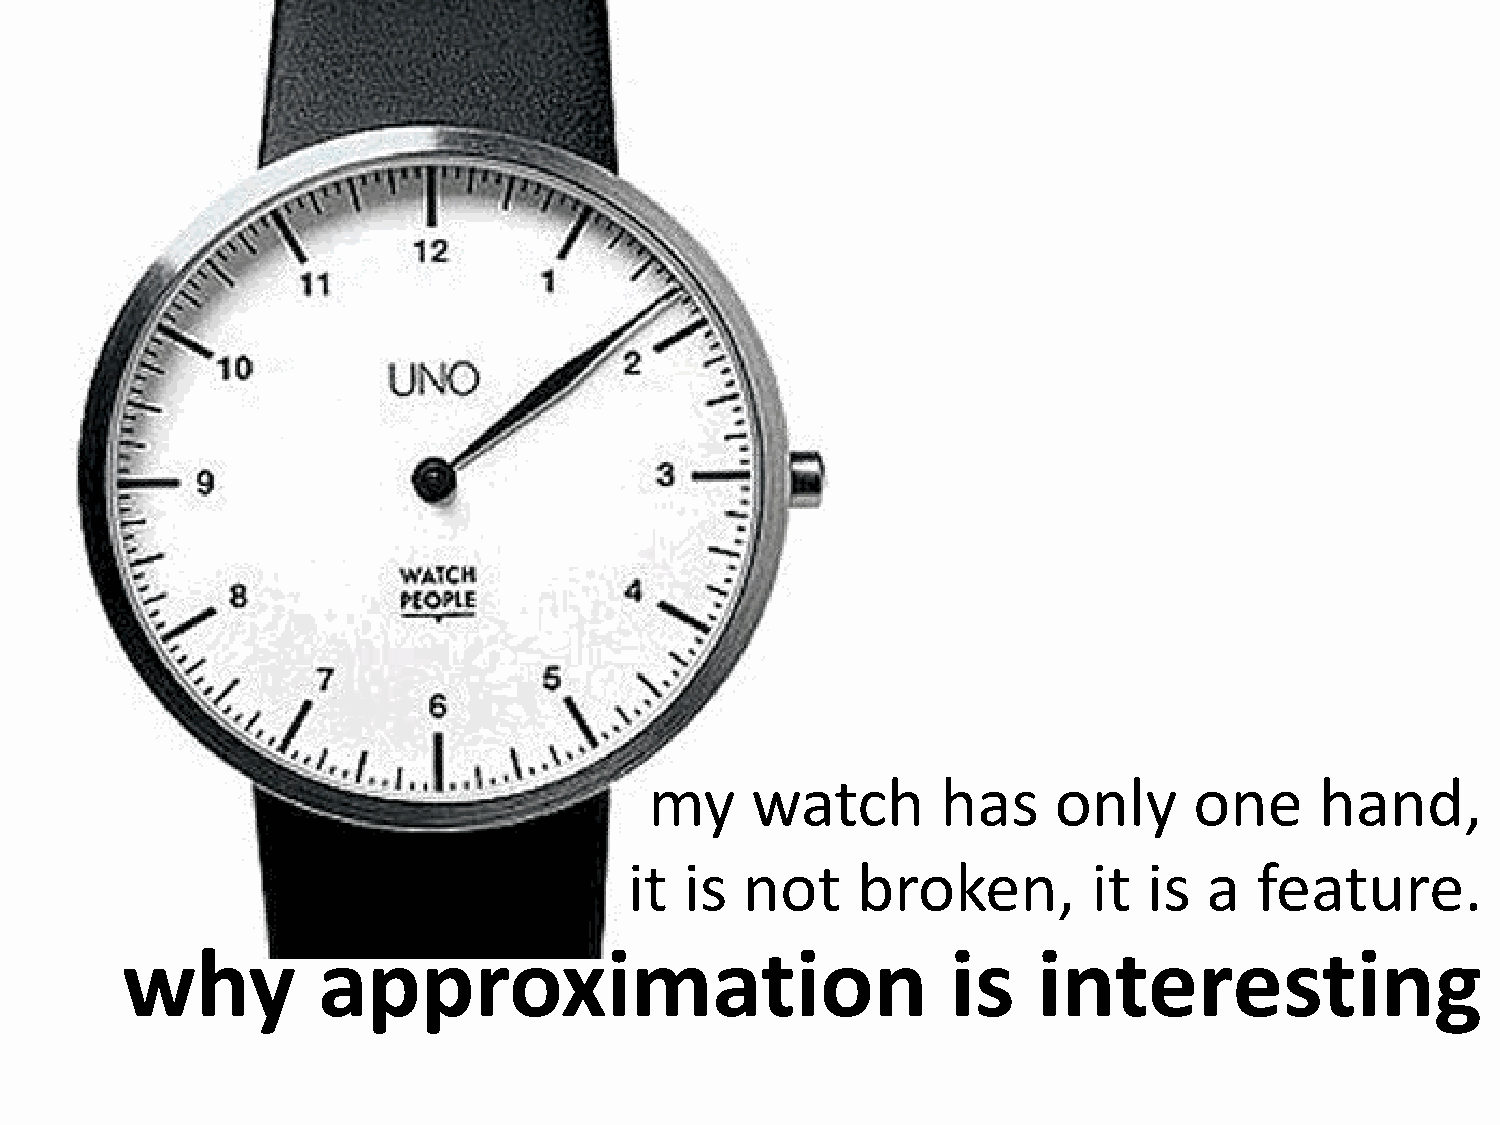
my     watch       has     only     one     hand,
 it is  not     broken,        it  is  a  feature.
 why          approximation                             is    interesting